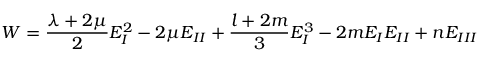
W = \frac { \lambda + 2 \mu } { 2 } E _ { I } ^ { 2 } - 2 \mu E _ { I I } + \frac { l + 2 m } { 3 } E _ { I } ^ { 3 } - 2 m E _ { I } E _ { I I } + n E _ { I I I }